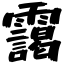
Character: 靄